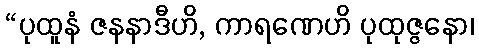
“ပုထူနံ ဇနနာဒီဟိ, ကာရဏေဟိ ပုထုဇ္ဇနော၊